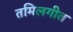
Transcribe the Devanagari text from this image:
तमिलगीत